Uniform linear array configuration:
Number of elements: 24
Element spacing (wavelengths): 1
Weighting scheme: kaiser
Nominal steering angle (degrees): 60
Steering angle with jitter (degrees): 58.808
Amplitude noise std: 0.05
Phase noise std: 0.05

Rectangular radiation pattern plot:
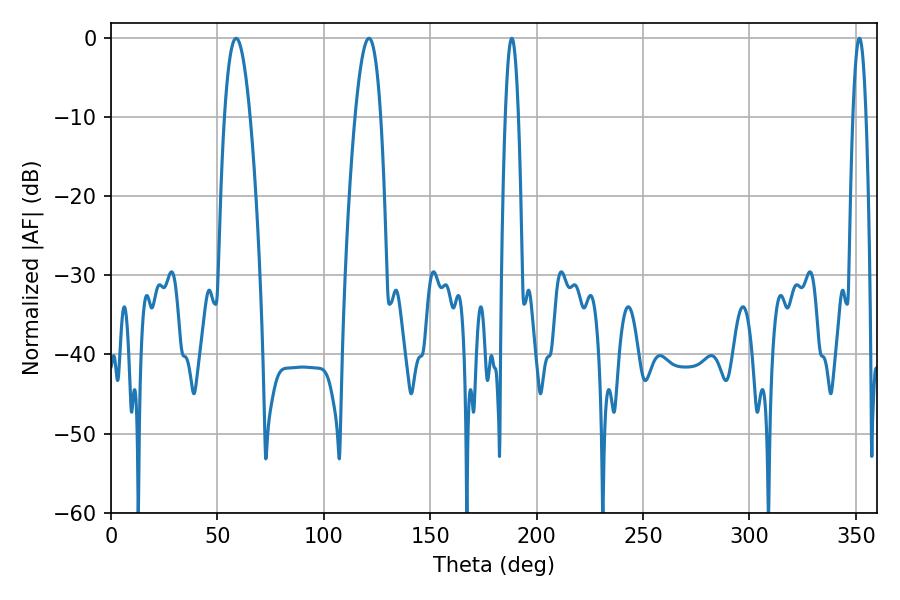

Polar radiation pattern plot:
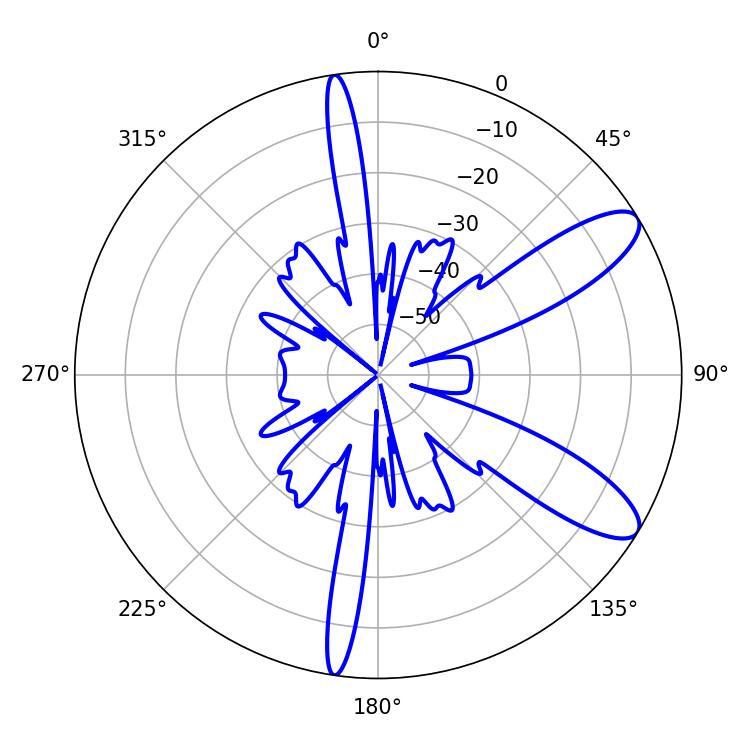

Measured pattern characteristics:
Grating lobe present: TRUE
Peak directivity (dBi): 10.114
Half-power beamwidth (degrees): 6.66
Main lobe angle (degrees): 58.86